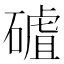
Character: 𥕑